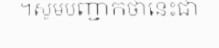
។សូមបញ្ជាក់ថានេះជា